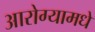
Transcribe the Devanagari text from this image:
आरोग्यामधे